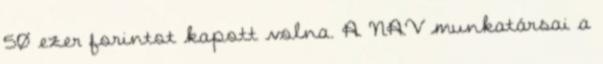
50 ezer forintot kapott volna. A NAV munkatársai a